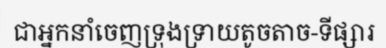
ជាអ្នកនាំចេញទ្រុងទ្រាយតូចតាច-ទីផ្សារ